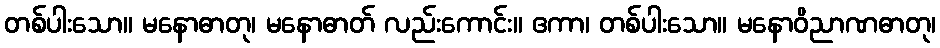
တစ်ပါးသော။ မနောဓာတု၊ မနောဓာတ် လည်းကောင်း။ ဧကာ၊ တစ်ပါးသော။ မနောဝိညာဏဓာတု၊